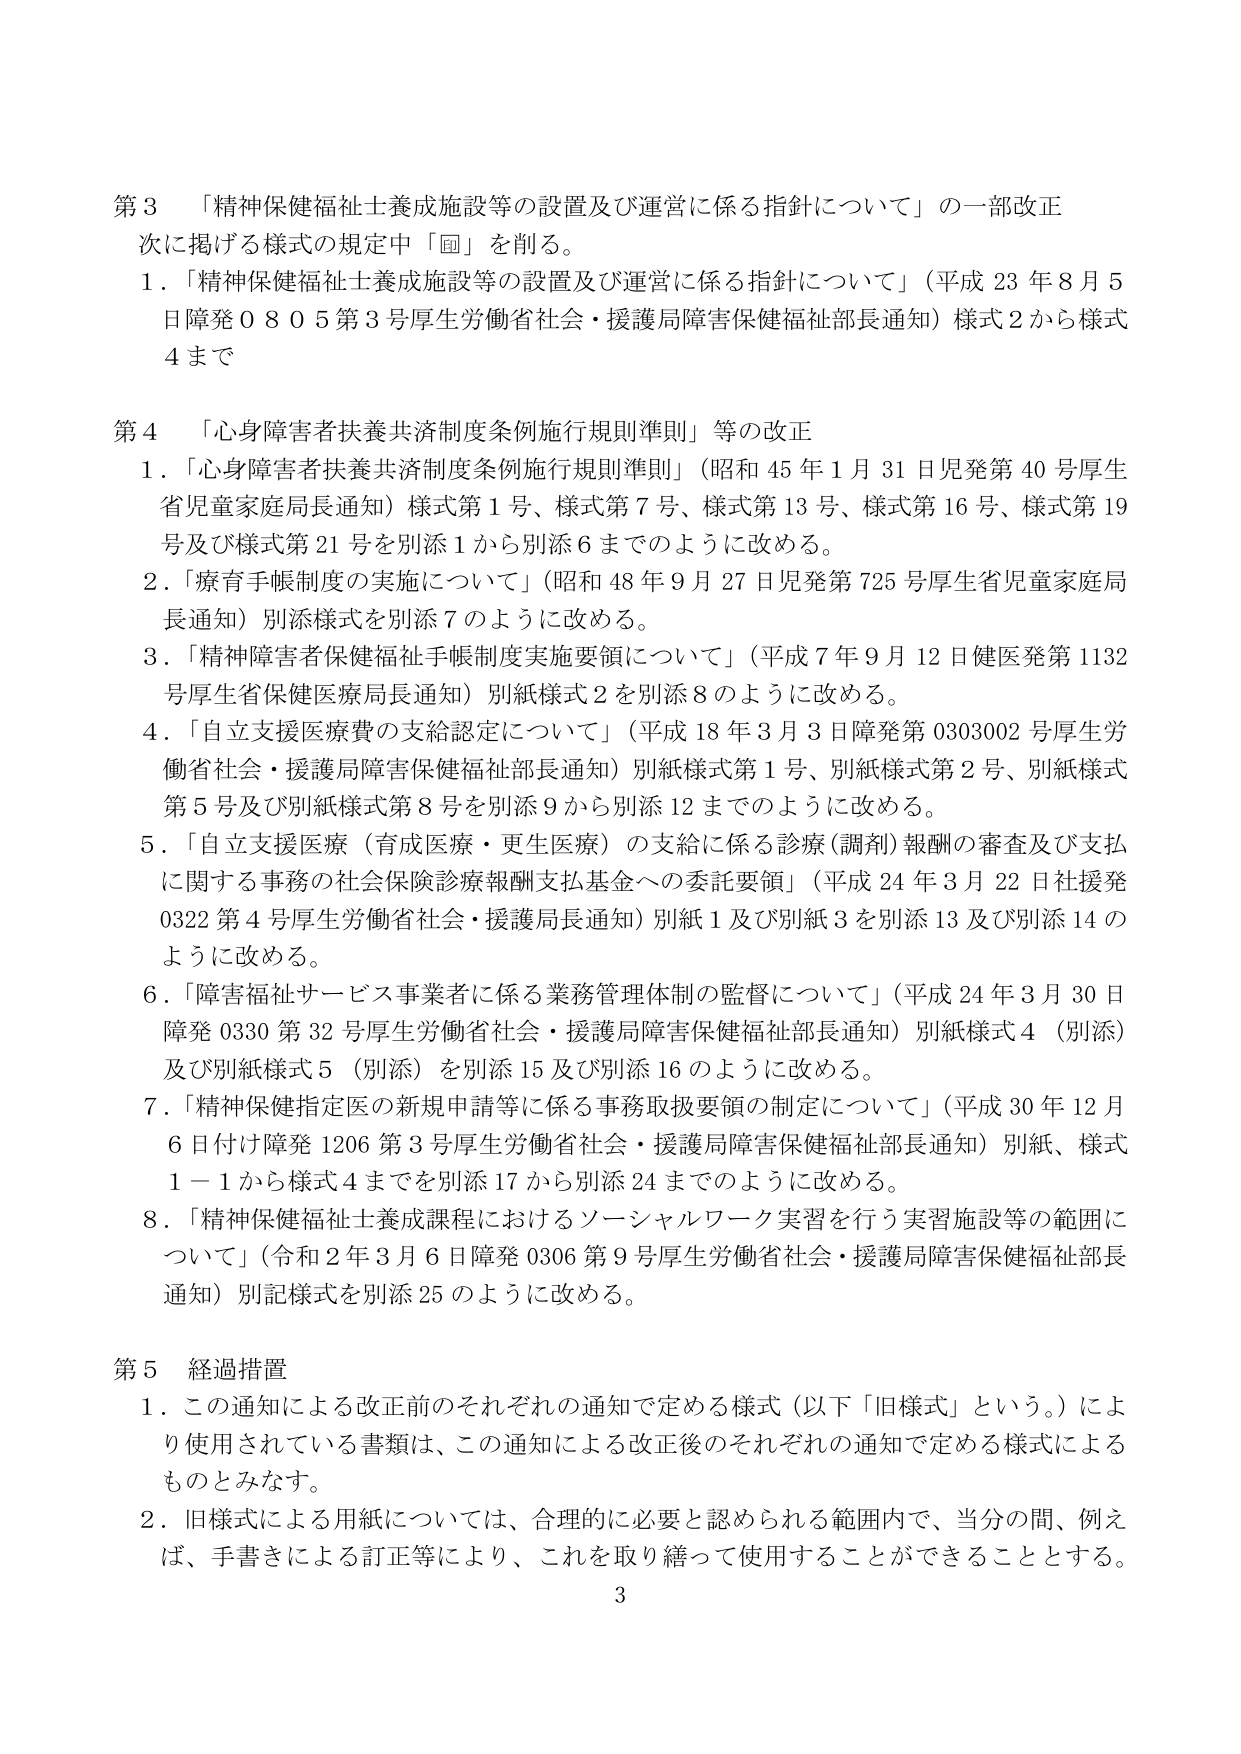
第３　「精神保健福祉士養成施設等の設置及び運営に係る指針について」の一部改正
次に掲げる様式の規定中「図」を削る。
１．「精神保健福祉士養成施設等の設置及び運営に係る指針について」（平成23年8月5日障発0805第3号厚生労働省社会・援護局障害保健福祉部長通知）様式2から様式4まで

第４　「心身障害者扶養共済制度条例施行規則準則」等の改正
１．「心身障害者扶養共済制度条例施行規則準則」（昭和45年1月31日児発第40号厚生省児童家庭局長通知）様式第1号、様式第7号、様式第13号、様式第16号、様式第19号及び様式第21号を別添1から別添6までのように改める。
２．「療育手帳制度の実施について」（昭和48年9月27日児発第725号厚生省児童家庭局長通知）別添様式を別添7のように改める。
３．「精神障害者保健福祉手帳制度実施要領について」（平成7年9月12日健医発第1132号厚生省保健医療局長通知）別紙様式2を別添8のように改める。
４．「自立支援医療費の支給認定について」（平成18年3月3日障発第0303002号厚生労働省社会・援護局障害保健福祉部長通知）別紙様式第1号、別紙様式第2号、別紙様式第5号及び別紙様式第8号を別添9から別添12までのように改める。
５．「自立支援医療（育成医療・更生医療）の支給に係る診療（調剤）報酬の審査及び支払に関する事務の社会保険診療報酬支払基金への委託要領」（平成24年3月22日社援発0322第4号厚生労働省社会・援護局長通知）別紙1及び別紙3を別添13及び別添14のように改める。
６．「障害福祉サービス事業者に係る業務管理体制の監督について」（平成24年3月30日障発0330第32号厚生労働省社会・援護局障害保健福祉部長通知）別紙様式4（別添）及び別紙様式5（別添）を別添15及び別添16のように改める。
７．「精神保健指定医の新規申請等に係る事務取扱要領の制定について」（平成30年12月6日付け障発1206第3号厚生労働省社会・援護局障害保健福祉部長通知）別紙、様式1－1から様式4までを別添17から別添24までのように改める。
８．「精神保健福祉士養成課程におけるソーシャルワーク実習を行う実習施設等の範囲について」（令和2年3月6日障発0306第9号厚生労働省社会・援護局障害保健福祉部長通知）別記様式を別添25のように改める。

第５　経過措置
１．この通知による改正前のそれぞれの通知で定める様式（以下「旧様式」という。）により使用されている書類は、この通知による改正後のそれぞれの通知で定める様式によるものとみなす。
２．旧様式による用紙については、合理的に必要と認められる範囲内で、当分の間、例えば、手書きによる訂正等により、これを取り繕って使用することができるものとする。

3